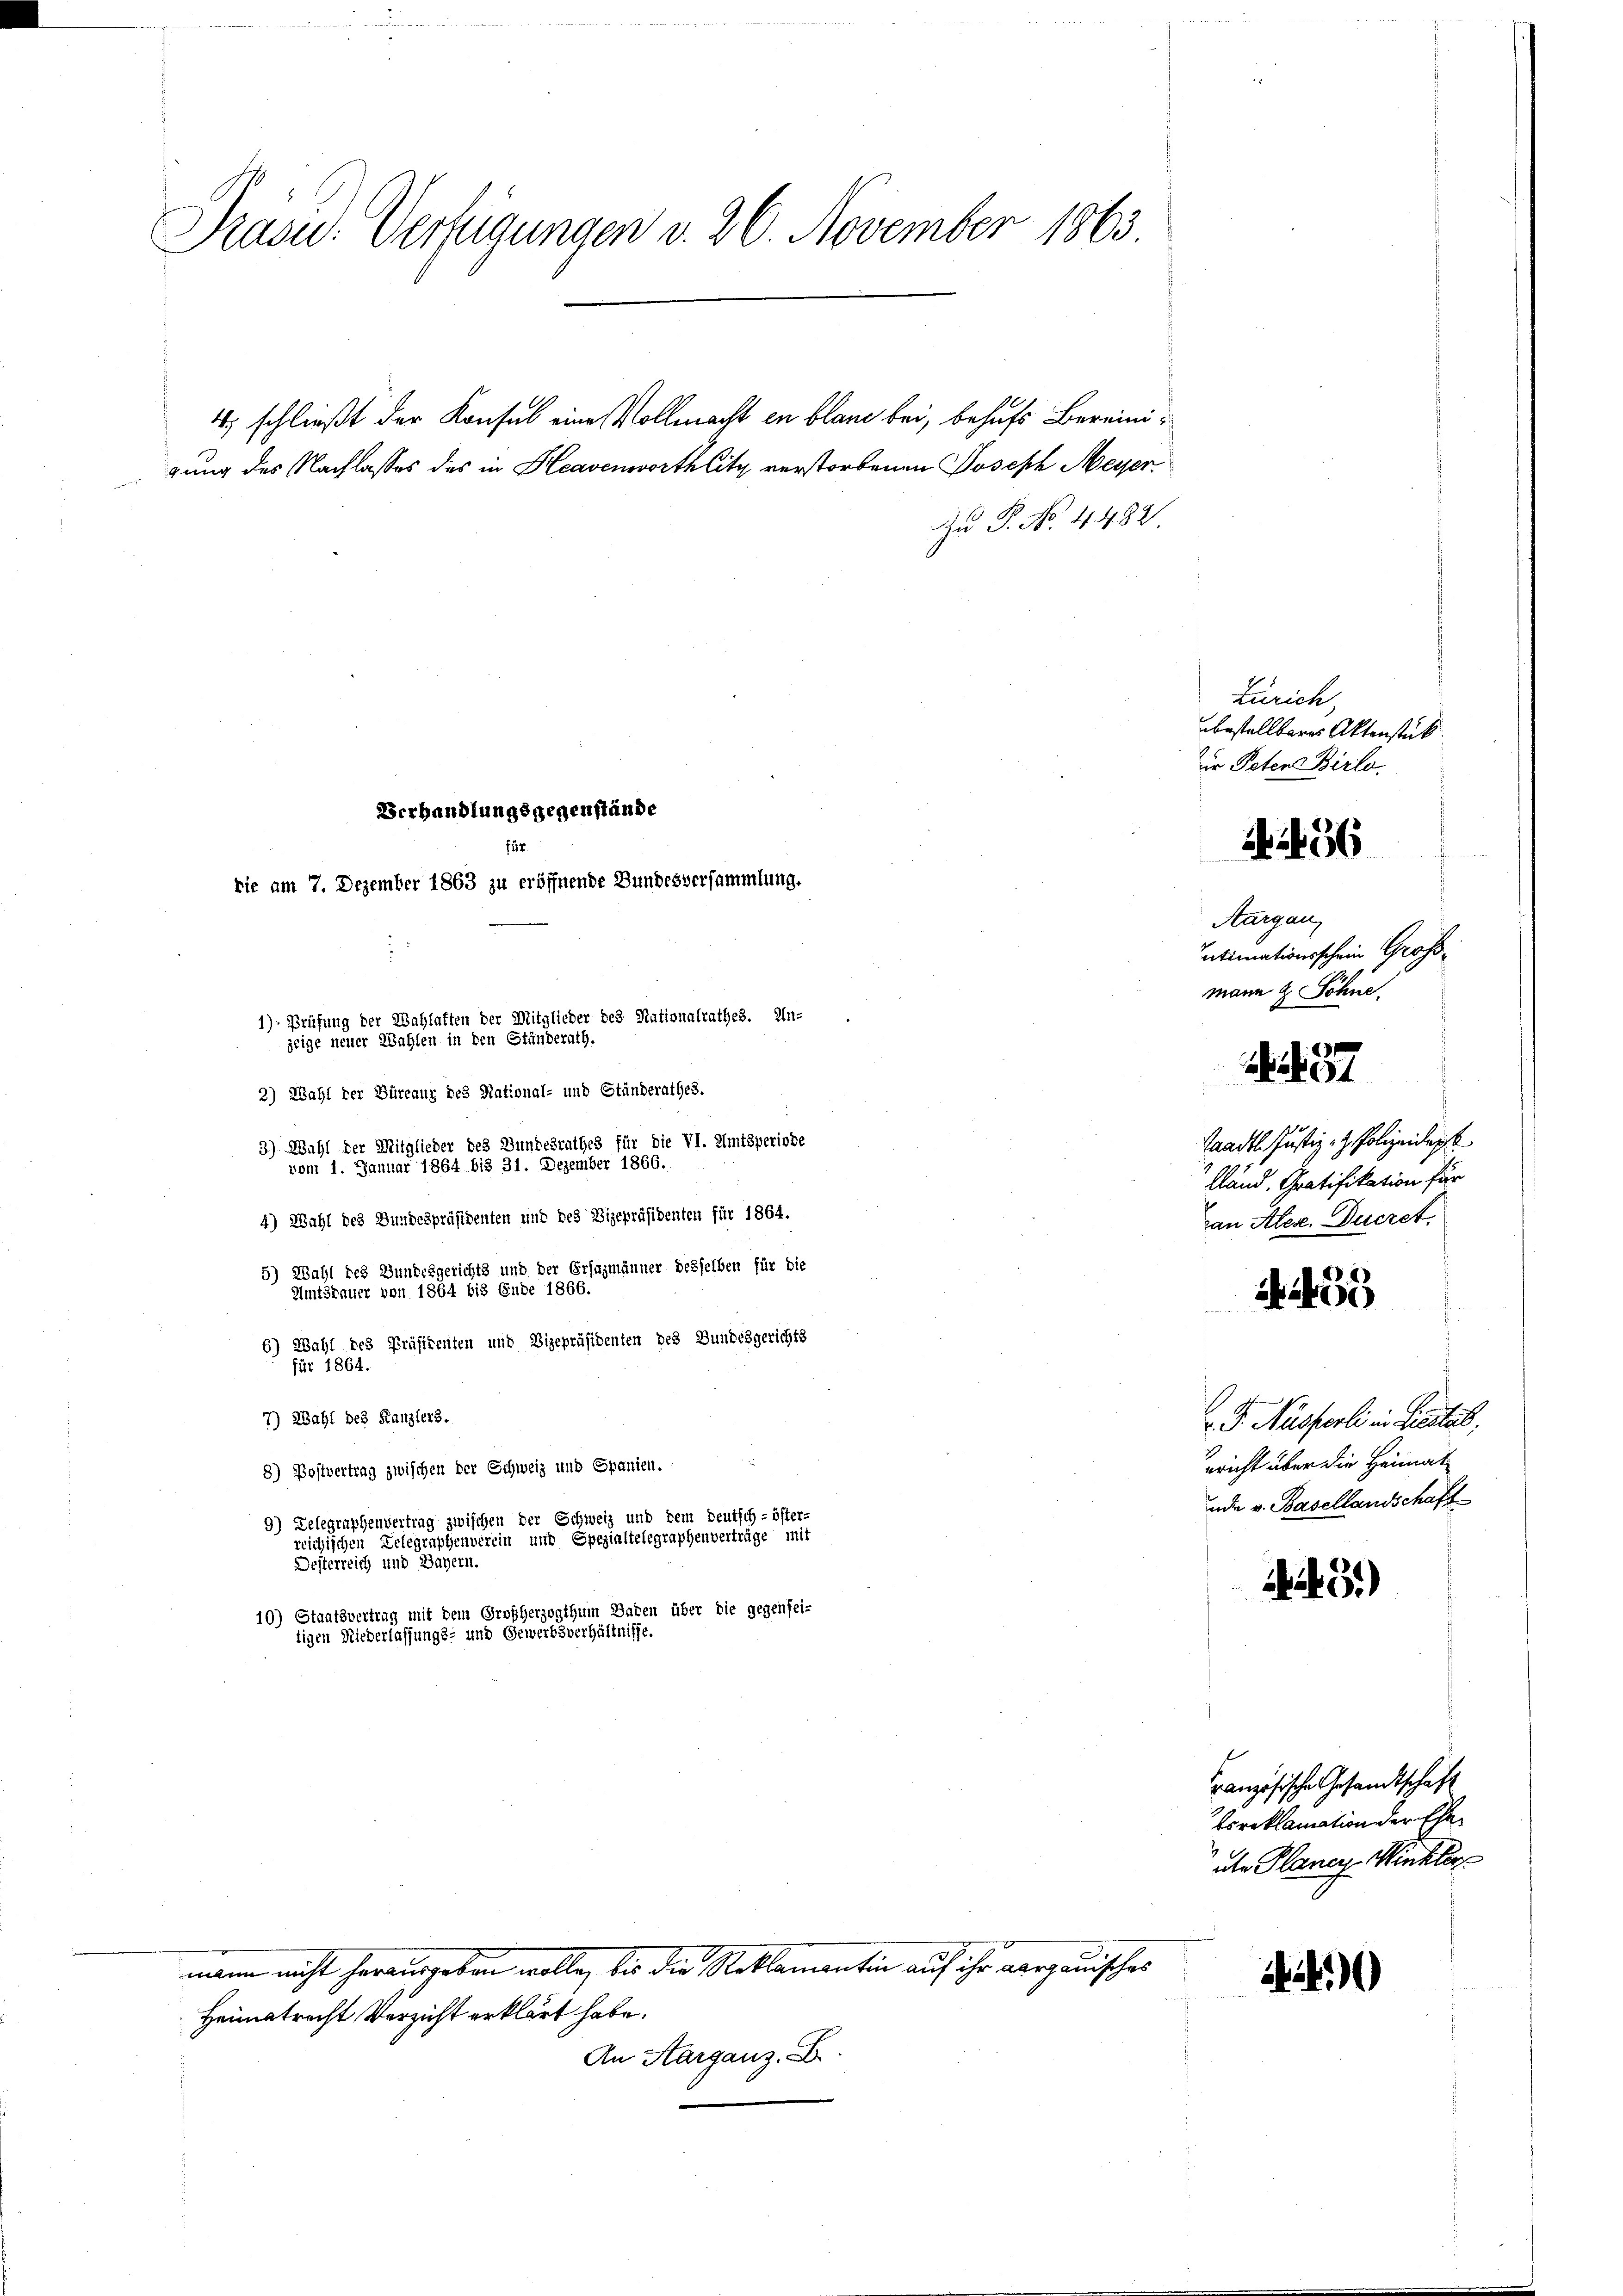
Präsid. Verfügungen v. 26. November 1863

Zu P. No. 4482

gung des Nachlasses des in Heavenwortlitz verstorbenen Joseph Meyer¬

4) schließt der Konsul eine Vollmacht ein blaue bei, behufs Bereini¬

Verhandlungsgegenstände
für.
rie am 7. Dezember 1863 zu eröffnende Bundesversammlung.

1) Prüfung der Wahlaften der Mitglieder des Nationalrathes. Un-
zeige neuer Wahlen in den Ständerath.
2) Wahl der Büreaux des National- und Ständerathes.
3.) Wahl der Mitglieder des Bundesrathes für die VI. Amtsperiode
vom 1. Januar 1864 bis 31. Dezember 1866.
4) Wahl des Bundespräsidenten und des Vizepräsidenten für 1864.
5) Wahl des Bundesgerichts und der Ersazmänner desselben für die
Amtsrauer von 1864 bis Ende 1866.
6) Wahl des Präsidenten und Vizepräsidenten des Bundesgerichts
für 1864.
7) Wahl des Kanzlers.
8) Postvertrag zwischen der Schweiz und Spanien.
9) Delegraphenvertrag zwischen der Schweiz und dem deutsch-öster-
reichischen Delegraphenverein und Spezialtelegraphenverträge mit
Desterreich und Bayern.
10) Staatsvertrag mit dem Großherzogthum Baden über die gegensei-
tigen Niederlassungs- und Gewerbsverhältnisse.

Heimatrecht Verzicht erklärt habe.
An Aarganz. B.

mann nicht herausgeben wolle, die die Reklamantin auf ihr aargauischer

2

Zürich
bestellbares Aktenstück.
er Peten Birlo

i

1256

Aargau,
Intimationsschein Großmann & Söhne,

437

Paadtl Justiz- & Polizeiderst
lland. Gratifikation für
van Alex. Ducret

55

F. Nüsserli in Liestel
ericht über die Heimat
ade v. Basellandschaft

61)

ranzösische Gesandtschaft
Es reklamation der Ehe
ue Planes Winkler

44)